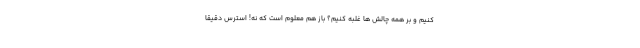
کنیم و بر همه چالش ها غلبه کنیم؟ باز هم معلوم است که نه! استرس دقیقاً